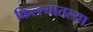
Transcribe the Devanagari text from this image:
किल्ल्यातल्या